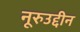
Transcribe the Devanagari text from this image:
नूरुउद्दीन